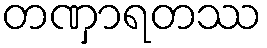
တဏှာရတဿ